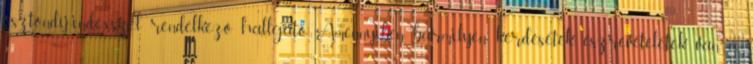
ösztöndíj-indexszel rendelkező hallgató. Amennyiben bármilyen kérdésetek, észrevételetek van, a